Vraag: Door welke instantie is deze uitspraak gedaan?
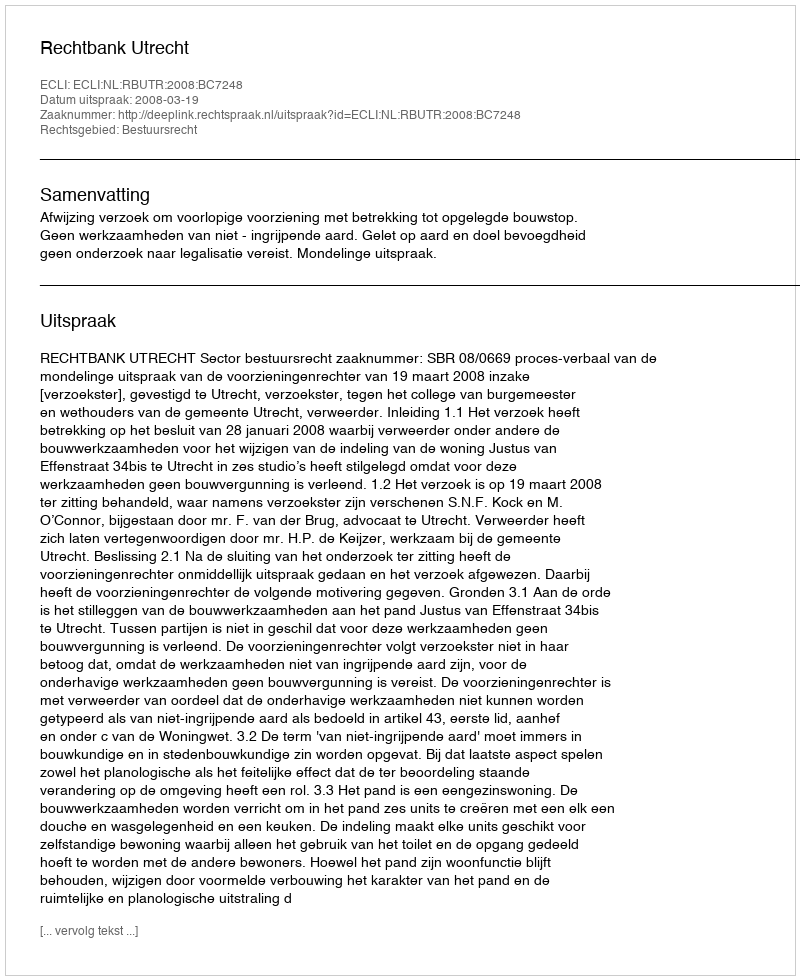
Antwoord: Rechtbank Utrecht